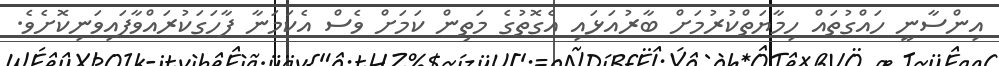
އިންސާނީ ހައްގުތައް ހިމާޔަތްކުރުމަށް ބާރުއަޅައި އެގޮތުގެ މަތިން ކަމަށް ވެސް އެކަމަނާ ފާހަގަކުރައްވާފައިވަނިކޮށެވެ.